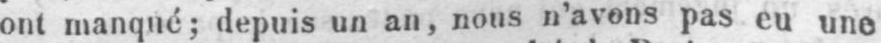
ont manqué; depuis un an, nous n’avons pas eu une